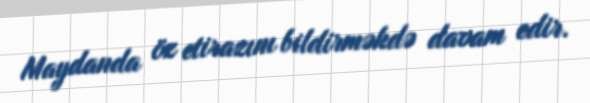
Maydanda öz etirazını bildirməkdə davam edir.